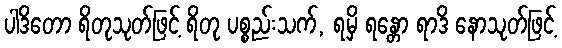
ပါဒိတော ရိတုသုတ်ဖြင့် ရိတု ပစ္စည်းသက်, ရမှိ ရန္တော ရာဒိ နောသုတ်ဖြင့်